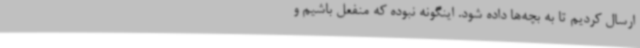
ارسال کردیم تا به بچه‌ها داده شود. اینگونه نبوده که منفعل باشیم و